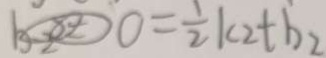
0 = \frac { 1 } { 2 } k _ { 2 } + b _ { 2 }